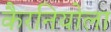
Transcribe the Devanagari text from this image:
कैरनियोला